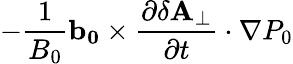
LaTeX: -\frac{1}{B_{0}}\mathbf{b_{0}}\times\frac{\partial\mathbf{\delta A_{\perp}}}{\partial t}\cdot\nabla P_{0}